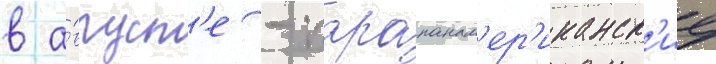
в а́вгуст'е - парапанам'ер'иканск'ие